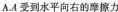
A.A受到水平向右的摩擦力